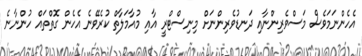
އެހެންނަމަވެސް މަސްވެރިންނާއި ދަނޑުވެރިންނަށް މިނިސްޓްރީ އާއި މުއާމަލާތް ކުރެވޭނެ އެހެން ގޮތްތައް ހުންނާނެ